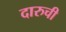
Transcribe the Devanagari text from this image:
दारुची